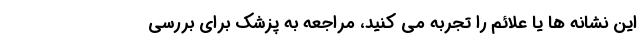
این نشانه ها یا علائم را تجربه می کنید، مراجعه به پزشک برای بررسی